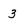
Character: 3